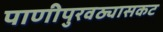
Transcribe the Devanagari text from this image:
पाणीपुरवठ्यासकट